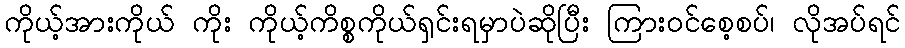
ကိုယ့်အားကိုယ် ကိုး ကိုယ့်ကိစ္စကိုယ်ရှင်းရမှာပဲဆိုပြီး ကြားဝင်စေ့စပ်၊ လိုအပ်ရင်